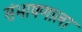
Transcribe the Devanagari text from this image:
संभाषणाला